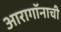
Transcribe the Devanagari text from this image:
आरागॉनाची